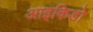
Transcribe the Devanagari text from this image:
आइकिडो